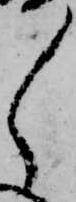
々